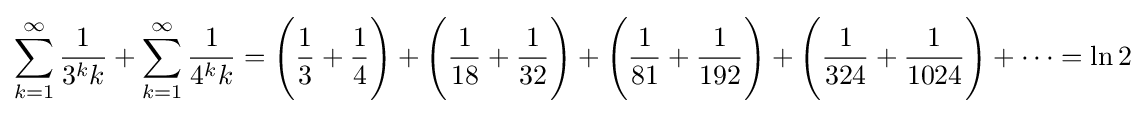
\sum _{k=1}^{\infty }{\frac {1}{3^{k}k}}+\sum _{k=1}^{\infty }{\frac {1}{4^{k}k}}={\Bigg (}{\frac {1}{3}}+{\frac {1}{4}}{\Bigg )}+{\Bigg (}{\frac {1}{18}}+{\frac {1}{32}}{\Bigg )}+{\Bigg (}{\frac {1}{81}}+{\frac {1}{192}}{\Bigg )}+{\Bigg (}{\frac {1}{324}}+{\frac {1}{1024}}{\Bigg )}+\cdots =\ln 2